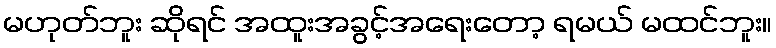
မဟုတ်ဘူး ဆိုရင် အထူးအခွင့်အရေးတော့ ရမယ် မထင်ဘူး။